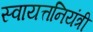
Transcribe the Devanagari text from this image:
स्वायत्तनियंत्री